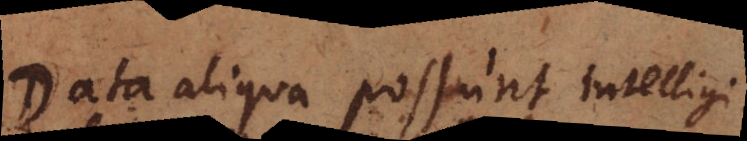
Data aliqua possunt intelligi